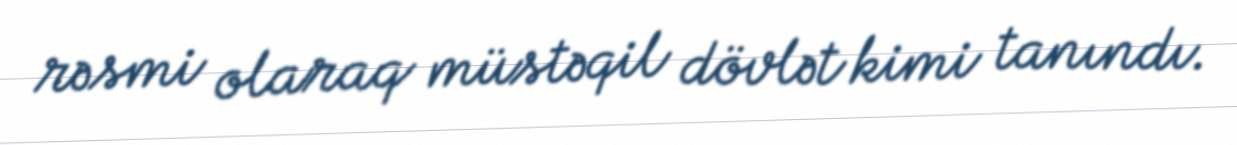
rəsmi olaraq müstəqil dövlət kimi tanındı.